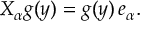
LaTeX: X _ { \alpha } g ( y ) = g ( y ) \, e _ { \alpha } .